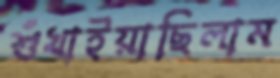
শুঁখাইয়াছিলাম